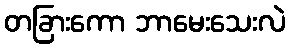
တခြားကော ဘာမေးသေးလဲ